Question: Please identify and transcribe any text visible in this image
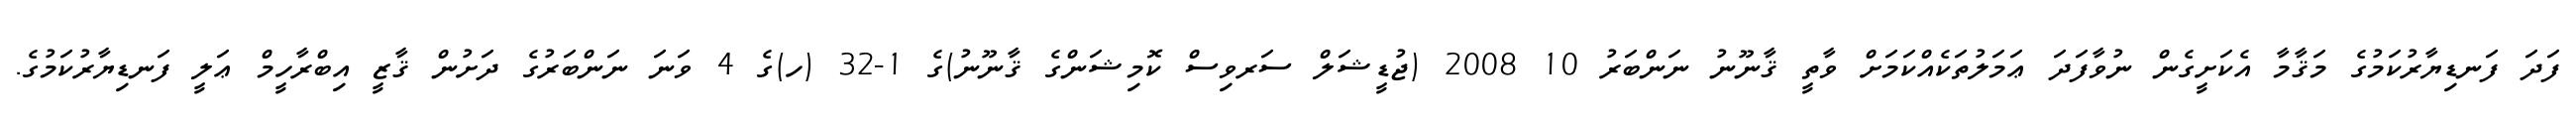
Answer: ފަދަ ފަނޑިޔާރުކަމުގެ މަޤާމާ އެކަށީގެން ނުވާފަދަ ޢަމަލުތަކެއްކަމަށް ވާތީ ޤާނޫނު ނަންބަރު 10 2008 (ޖުޑީޝަލް ސަރވިސް ކޮމިޝަންގެ ޤާނޫނު)ގެ 1-32 (ހ)ގެ 4 ވަނަ ނަންބަރުގެ ދަށުން ޤާޒީ އިބްރާހީމް ޢަލީ ފަނޑިޔާރުކަމުގެ.